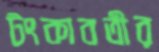
টংকাবতীর